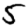
Digit: 5